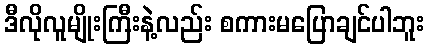
ဒီလိုလူမျိုးကြီးနဲ့လည်း စကားမပြောချင်ပါဘူး